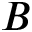
B